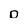
Character: o